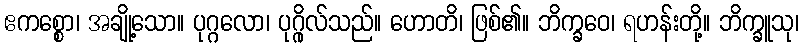
ဧကစ္စော၊ အချို့သော။ ပုဂ္ဂလော၊ ပုဂ္ဂိုလ်သည်။ ဟောတိ၊ ဖြစ်၏။ ဘိက္ခဝေ၊ ရဟန်းတို့။ ဘိက္ခူသု၊